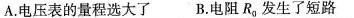
A.电压表的量程选大了B.电阻R0发生了短路